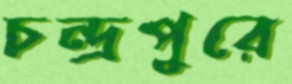
চন্দ্রপুরে